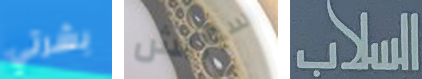
بشرتي سوريش السلاب